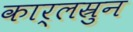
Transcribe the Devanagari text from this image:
कार्लस्रुन